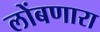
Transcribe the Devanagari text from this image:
लोंबणारा